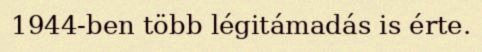
1944-ben több légitámadás is érte.